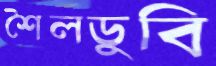
শৈলডুবি